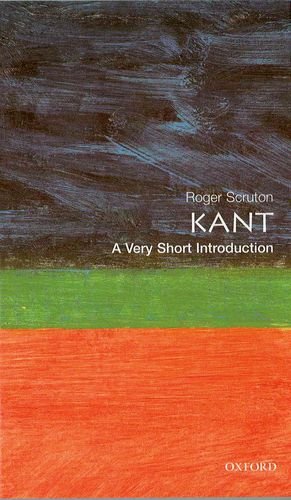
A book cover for Kant: A Very Short Introduction; Roger Scruton; Politics & Social Sciences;